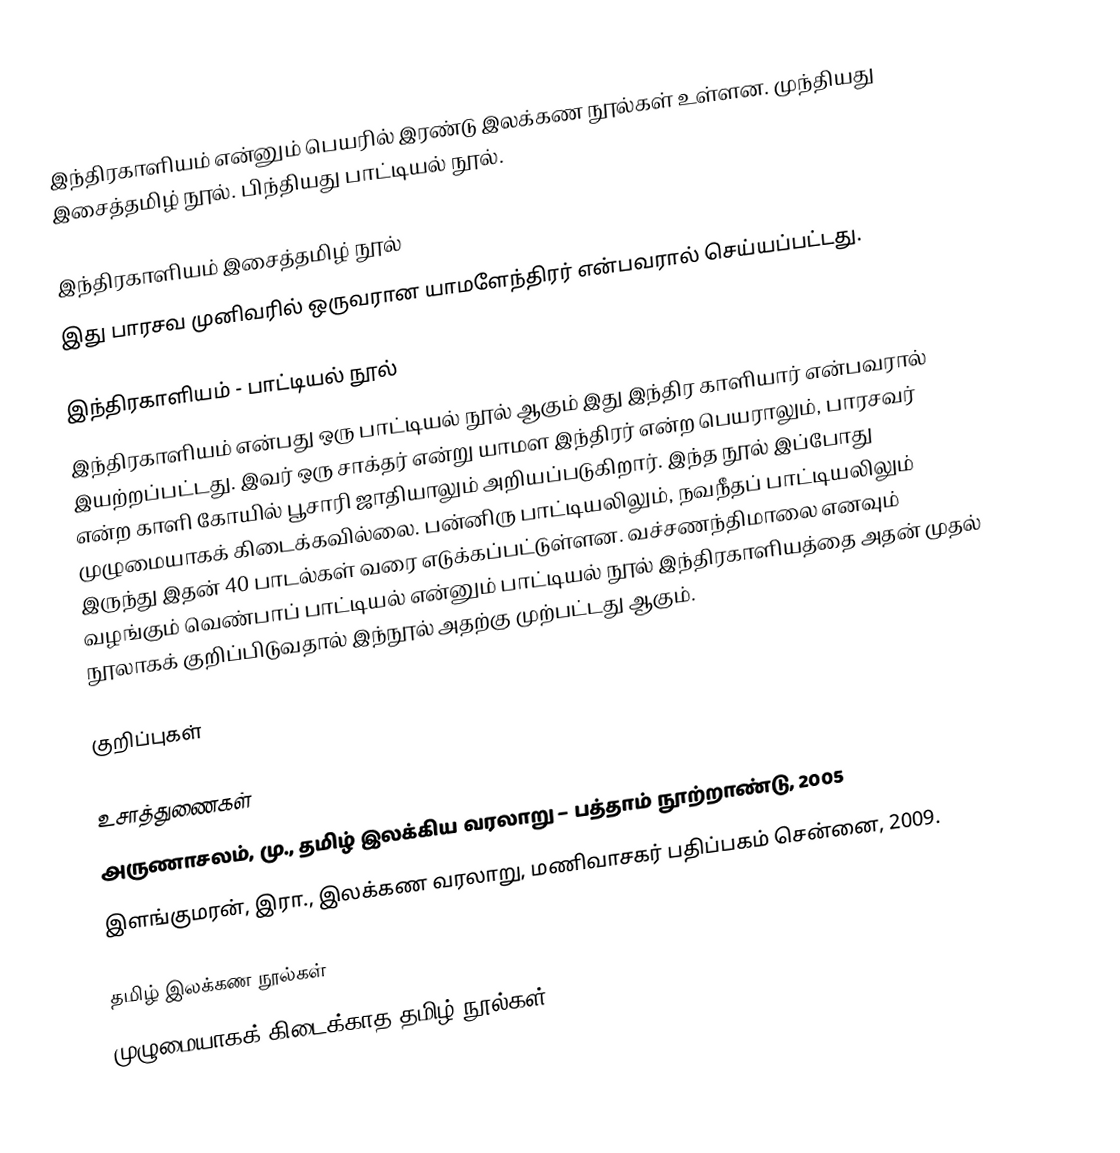
இந்திரகாளியம் என்னும் பெயரில் இரண்டு இலக்கண நூல்கள் உள்ளன. முந்தியது இசைத்தமிழ் நூல். பிந்தியது பாட்டியல் நூல்.

இந்திரகாளியம் இசைத்தமிழ் நூல்
இது பாரசவ முனிவரில் ஒருவரான யாமளேந்திரர் என்பவரால் செய்யப்பட்டது.

இந்திரகாளியம் - பாட்டியல் நூல்
இந்திரகாளியம் என்பது ஒரு பாட்டியல் நூல் ஆகும் இது இந்திர காளியார் என்பவரால் இயற்றப்பட்டது. இவர் ஒரு சாக்தர் என்று யாமள இந்திரர் என்ற பெயராலும், பாரசவர் என்ற காளி கோயில் பூசாரி ஜாதியாலும் அறியப்படுகிறார். இந்த நூல் இப்போது முழுமையாகக் கிடைக்கவில்லை. பன்னிரு பாட்டியலிலும், நவநீதப் பாட்டியலிலும் இருந்து இதன் 40 பாடல்கள் வரை எடுக்கப்பட்டுள்ளன. வச்சணந்திமாலை எனவும் வழங்கும் வெண்பாப் பாட்டியல் என்னும் பாட்டியல் நூல் இந்திரகாளியத்தை அதன் முதல் நூலாகக் குறிப்பிடுவதால் இந்நூல் அதற்கு முற்பட்டது ஆகும்.

குறிப்புகள்

உசாத்துணைகள்
 அருணாசலம், மு., தமிழ் இலக்கிய வரலாறு – பத்தாம் நூற்றாண்டு, 2005
 இளங்குமரன், இரா., இலக்கண வரலாறு, மணிவாசகர் பதிப்பகம் சென்னை, 2009.

தமிழ் இலக்கண நூல்கள்
முழுமையாகக் கிடைக்காத தமிழ் நூல்கள்